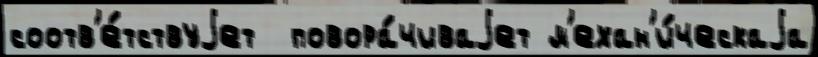
соотв'е́тствуjет  повора́чиваjет м'ехан'и́ческаjа